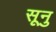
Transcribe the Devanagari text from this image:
सूनु